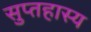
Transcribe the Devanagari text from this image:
सुप्तहास्य